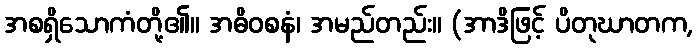
အစရှိသောကံတို့၏။ အဓိဝစနံ၊ အမည်တည်း။ (အာဒိဖြင့် ပိတုဃာတက,